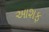
આશફ